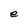
Character: e